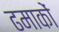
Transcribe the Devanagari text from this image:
ढमाकों